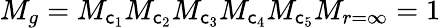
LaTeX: M_{g}=M_{\mathsf{c}_{1}}M_{\mathsf{c}_{2}}M_{\mathsf{c}_{3}}M_{\mathsf{c}_{4}}M_{\mathsf{c}_{5}}M_{r=\infty}=1